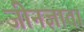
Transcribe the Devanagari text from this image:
जीनज्ञाता